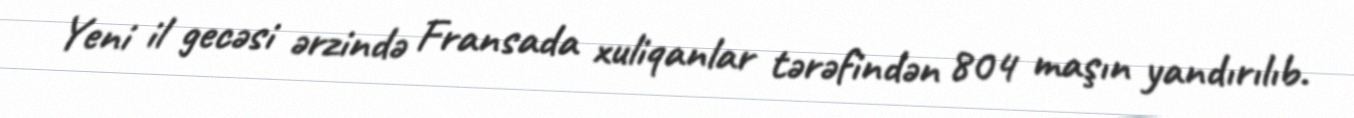
Yeni il gecəsi ərzində Fransada xuliqanlar tərəfindən 804 maşın yandırılıb.